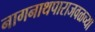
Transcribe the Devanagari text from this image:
नागनाथपाराजवळच्या